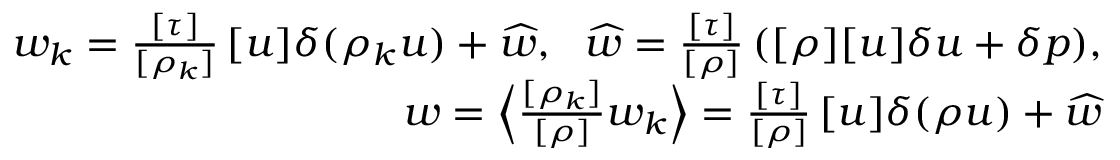
\begin{array} { r } { w _ { k } = \frac { [ \tau ] } { [ \rho _ { k } ] } \, [ u ] \delta ( \rho _ { k } u ) + \widehat { w } , \ \ \widehat { w } = \frac { [ \tau ] } { [ \rho ] } \, ( [ \rho ] [ u ] \delta u + \delta p ) , } \\ { w = \Big \langle \frac { [ \rho _ { k } ] } { [ \rho ] } w _ { k } \Big \rangle = \frac { [ \tau ] } { [ \rho ] } \, [ u ] \delta ( \rho u ) + \widehat { w } } \end{array}